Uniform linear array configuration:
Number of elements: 32
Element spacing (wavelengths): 1
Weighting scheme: hann
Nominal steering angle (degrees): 0
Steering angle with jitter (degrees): -0.7244
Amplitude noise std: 0.05
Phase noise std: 0.05

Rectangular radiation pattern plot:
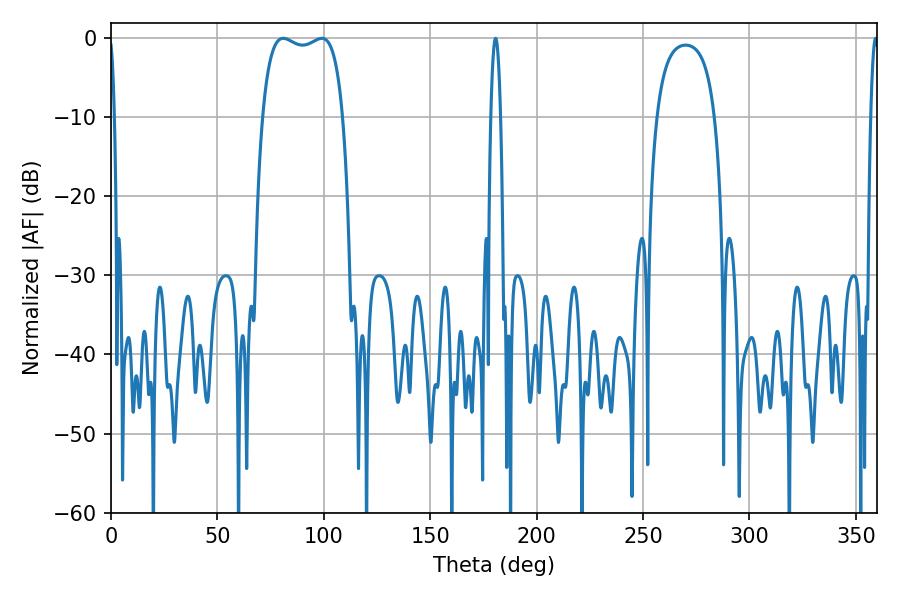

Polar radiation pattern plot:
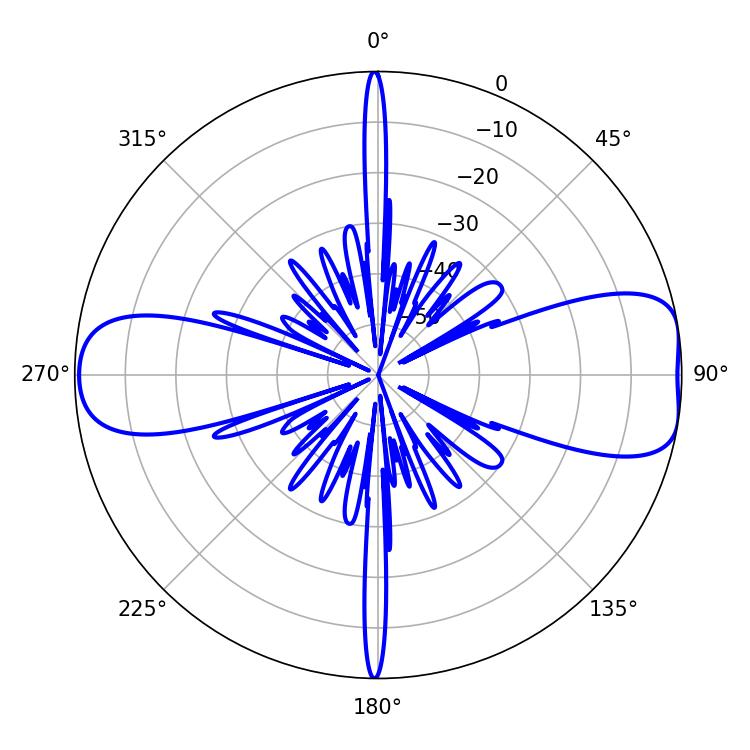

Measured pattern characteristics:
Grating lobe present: TRUE
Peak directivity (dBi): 9.312
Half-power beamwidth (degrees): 2.52
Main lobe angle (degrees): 180.72